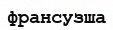
франсузша